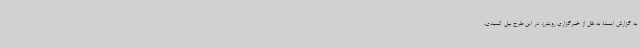
به گزارش ایسنا، به نقل از خبرگزاری رویترز، در این طرح بیل کسیدی،